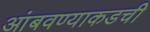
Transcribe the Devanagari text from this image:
आंबवण्याकडची